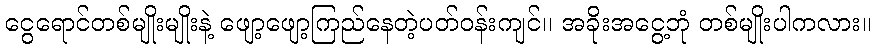
ငွေရောင်တစ်မျိုးမျိုးနဲ့ ဖျော့ဖျော့ကြည်နေတဲ့ပတ်ဝန်းကျင်၊၊ အခိုးအငွေ့ဘုံ တစ်မျိုးပါကလား။